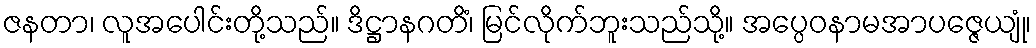
ဇနတာ၊ လူအပေါင်းတို့သည်။ ဒိဋ္ဌာနဂတိံ၊ မြင်လိုက်ဘူးသည်သို့။ အပ္ပေဝနာမအာပဇ္ဇေယျုံ၊